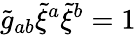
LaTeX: \tilde{g}_{ab}\tilde{\xi}^{a}\tilde{\xi}^{b}=1